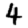
Digit: 4